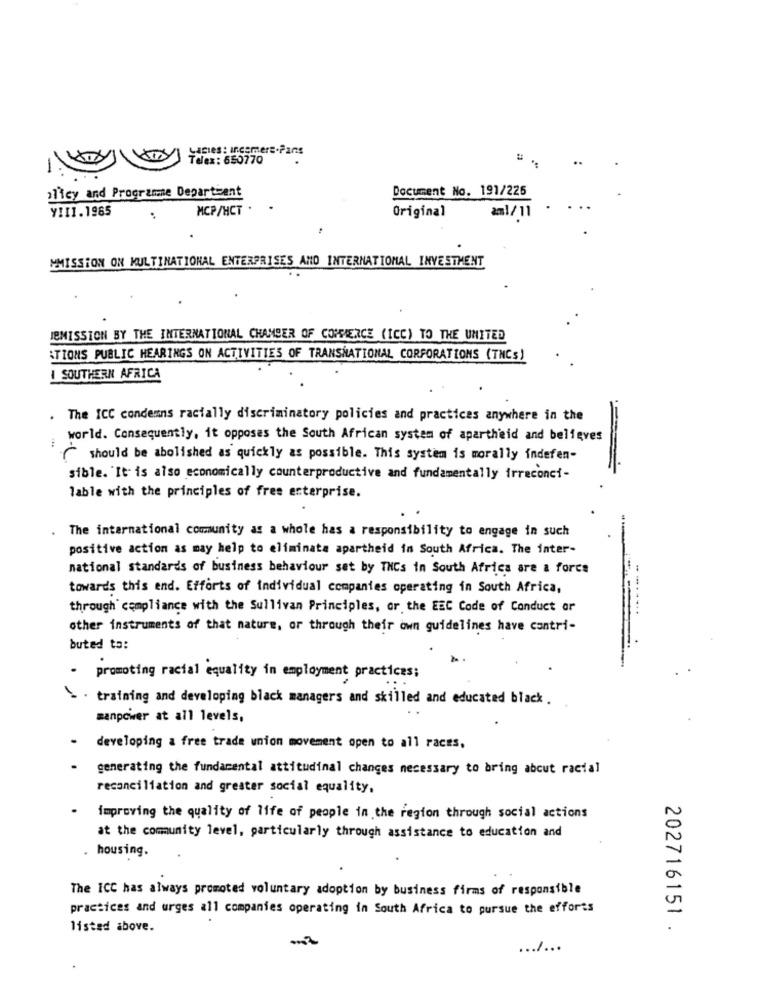
Ladies : Inesmere.Fans
Telex : 650770
..
alicy and Programme Departient
Document No. 191/225
YIII.1965
MCP/HCT .
Original
:
am1/11
MMISSION ON MULTINATIONAL ENTERPRISES AND INTERNATIONAL INVESTMENT
JEMISSION BY THE INTERNATIONAL CHAMBER OF COMMERCE (ICC) TO THE UNITED
ATIONS PUBLIC HEARINGS ON ACTIVITIES OF TRANSNATIONAL CORPORATIONS (TNCs)
I SOUTHERN AFRICA
The ICC condemns racially discriminatory policies and practices anywhere in the
world. Consequently, it opposes the South African system of apartheid and believes
...
should be abolished as quickly as possible. This system is morally indefen-
sible. It is also economically counterproductive and fundamentally irreconci-
Table with the principles of free enterprise.
The international community as a whole has a responsibility to engage in such
positive action as may help to eliminate apartheid in South Africa. The inter-
national standards of business behaviour set by THEs in South Africa are a force
towards this end. Efforts of individual companies operating in South Africa,
...
through compliance with the Sullivan Principles, or the EEC Code of Conduct or
other instruments of that nature, or through their own guidelines have cantri-
buted to:
promoting racial equality in employment practices;
training and developing black managers and skilled and educated black.
manpower at all levels,
developing a free trade union movement open to all races,
generating the fundamental attitudinal changes necessary to bring about racial
reconciliation and greater social equality,
.
improving the quality of life of people in the region through social actions
at the community level, particularly through assistance to education and
. housing.
The ICC has always promoted voluntary adoption by business firms of responsible
practices and urges all companies operating in South Africa to pursue the efforts
listed above.
202716151 .
.......